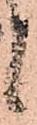
く